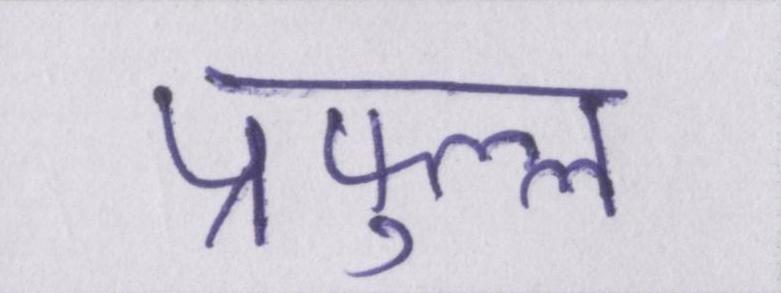
प्रफुल्ल